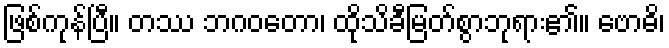
ဖြစ်ကုန်ပြီ။ တဿ ဘဂဝတော၊ ထိုသိခီမြတ်စွာဘုရား၏။ ဗောဓိ၊